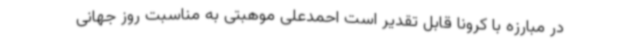
در مبارزه با کرونا قابل تقدیر است احمدعلی موهبتی به مناسبت روز جهانی